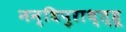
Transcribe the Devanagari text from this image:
नन्धिपुराथ्त्हू